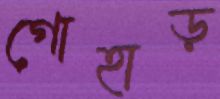
গোহাড়